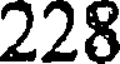
228